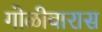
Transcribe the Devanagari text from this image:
गोळीबारास